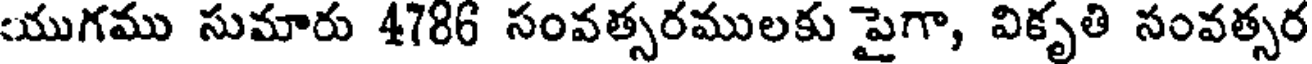
యుగము సుమారు 4786 సంవత్సరములకు పైగా, వికృతి సంవత్సర